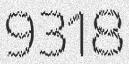
9318